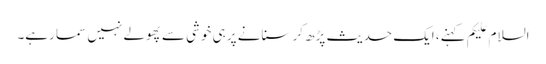
السلام علیکم کہنے، ایک حدیث پڑھ کر سنانے پر ہی خوشی سے پھولے نہیں سما رہے۔